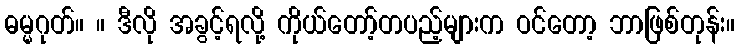
ဓမ္မဂုတ်။ ။ ဒီလို အခွင့်ရလို့ ကိုယ်တော့်တပည့်များက ဝင်တော့ ဘာဖြစ်တုန်း။